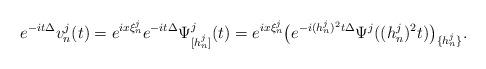
LaTeX: \begin{align*}e^{-it\Delta} v_n^j(t) = e^{ix\xi_n^j} e^{-it\Delta} \Psi^j_{[h_n^j]}(t) = e^{ix\xi_n^j}\bigl (e^{-i(h_n^j)^2 t \Delta} \Psi^j ((h_n^j)^2t)\bigr)_{\{ h_n^j\}}.\end{align*}